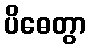
ပိဓေတွာ